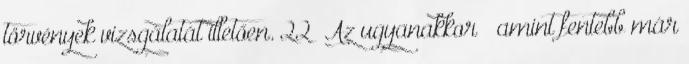
törvények vizsgálatát illetően. 22 Az ugyanakkor – amint fentebb már